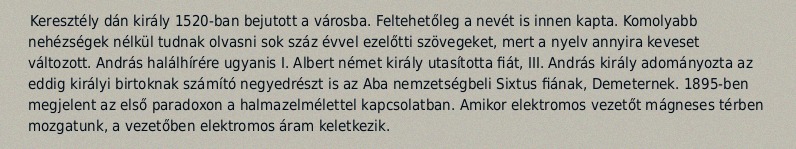
Keresztély dán király 1520-ban bejutott a városba. Feltehetőleg a nevét is innen kapta. Komolyabb nehézségek nélkül tudnak olvasni sok száz évvel ezelőtti szövegeket, mert a nyelv annyira keveset változott. András halálhírére ugyanis I. Albert német király utasította fiát, III. András király adományozta az eddig királyi birtoknak számító negyedrészt is az Aba nemzetségbeli Sixtus fiának, Demeternek. 1895-ben megjelent az első paradoxon a halmazelmélettel kapcsolatban. Amikor elektromos vezetőt mágneses térben mozgatunk, a vezetőben elektromos áram keletkezik.